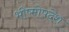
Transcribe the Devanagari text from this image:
भीष्मोपदेश